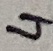
Text: 4